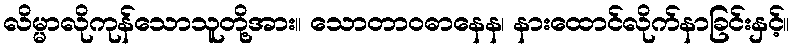
လိမ္မာလိုကုန်သောသူတို့အား။ သောတာဝဓာနေန၊ နားထောင်လိုက်နာခြင်းနှင့်။